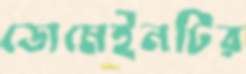
ডোমেইনটির